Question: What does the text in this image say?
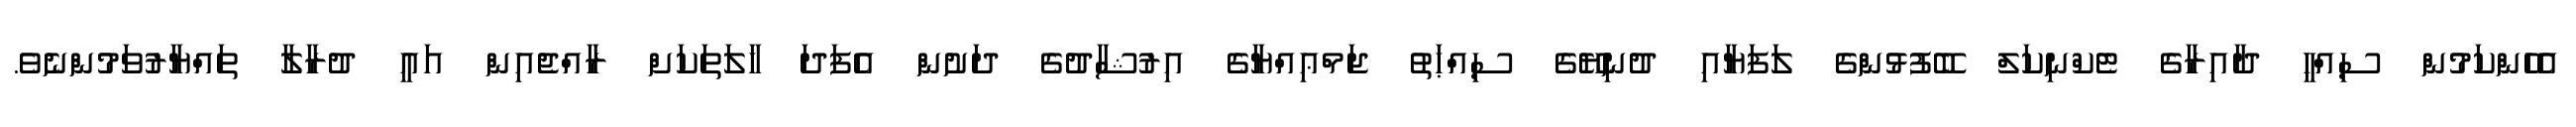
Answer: އެހެންކަމުން ސިއްޙީ ދާއިރާގެ ޓެކްނިކަލް ބޭފުޅުންގެ ލަފަޔާއި ދުނިޔޭގެ ސިއްޙަތު ޖަމްޢިއްޔާގެ އިރުޝާދުގެ ދަށުން އެފަދަ ހާލަތަކަށް ރާއްޖެއިން އައީ ދުރާލާ ތައްޔާރުވަމުންނެވެ.